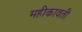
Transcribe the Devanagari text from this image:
महीकावती